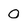
Character: 0